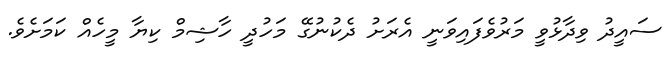
ސައީދު ވިދާޅުވީ މަރުވެފައިވަނީ އެރަށު ދެކުނުގޭ މަހުދީ ހާޝިމް ކިޔާ މީހެއް ކަމަށެވެ.